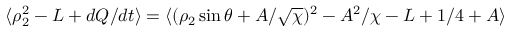
\langle \rho _ { 2 } ^ { 2 } - L + d Q / d t \rangle = \langle ( \rho _ { 2 } \sin \theta + A / \sqrt { \chi } ) ^ { 2 } - A ^ { 2 } / \chi - L + 1 / 4 + A \rangle